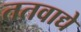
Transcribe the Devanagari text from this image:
ततवाद्ये